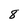
Character: 8